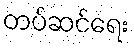
တပ်ဆင်ရေး